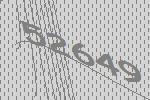
52649